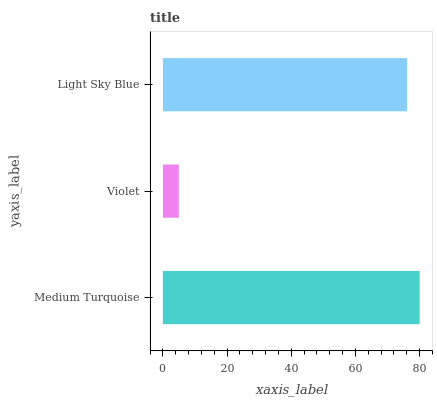
| yaxis_label | bars |
 | --- | --- |
 | Medium Turquoise | 80 |
 | Violet | 4.97 |
 | Light Sky Blue | 76.1 |